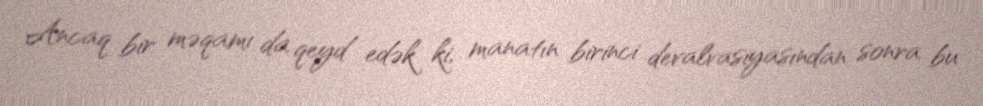
Ancaq bir məqamı da qeyd edək ki, manatın birinci devalvasiyasından sonra bu